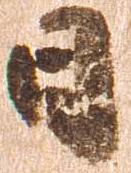
日